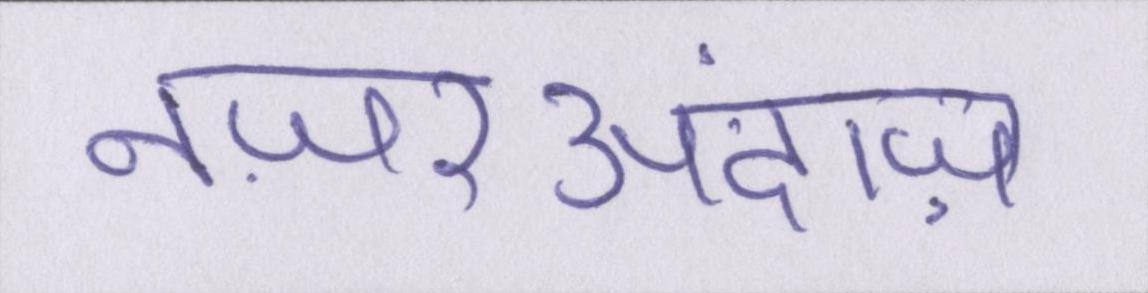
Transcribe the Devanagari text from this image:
नज़रअंदाज़